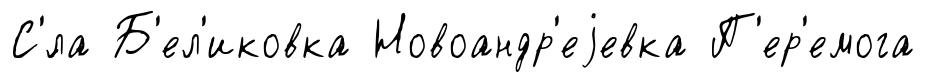
С'́ла Б'ел'иковка Новоандр'еjевка П'ер'емога